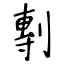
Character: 剸